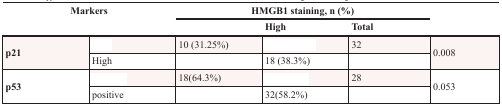
<table><thead><tr><td colspan="2"><b>Markers</b></td><td colspan="3"><b>HMGB1 staining, n (%)</b></td><td>[EMPTY_CELL]</td></tr><tr><td>[EMPTY_CELL]</td><td>[EMPTY_CELL]</td><td>[EMPTY_CELL]</td><td><b>High</b></td><td><b>Total</b></td><td>[EMPTY_CELL]</td></tr></thead><tbody><tr><td rowspan="2">p21</td><td>[EMPTY_CELL]</td><td>10 (31.25%)</td><td>[EMPTY_CELL]</td><td>32</td><td rowspan="2">0.008</td></tr><tr><td>High</td><td>[EMPTY_CELL]</td><td>18 (38.3%)</td><td>[EMPTY_CELL]</td></tr><tr><td rowspan="2">p53</td><td>[EMPTY_CELL]</td><td>18(64.3%)</td><td>[EMPTY_CELL]</td><td>28</td><td rowspan="2">0.053</td></tr><tr><td>positive</td><td>[EMPTY_CELL]</td><td>32(58.2%)</td><td>[EMPTY_CELL]</td></tr></tbody></table>